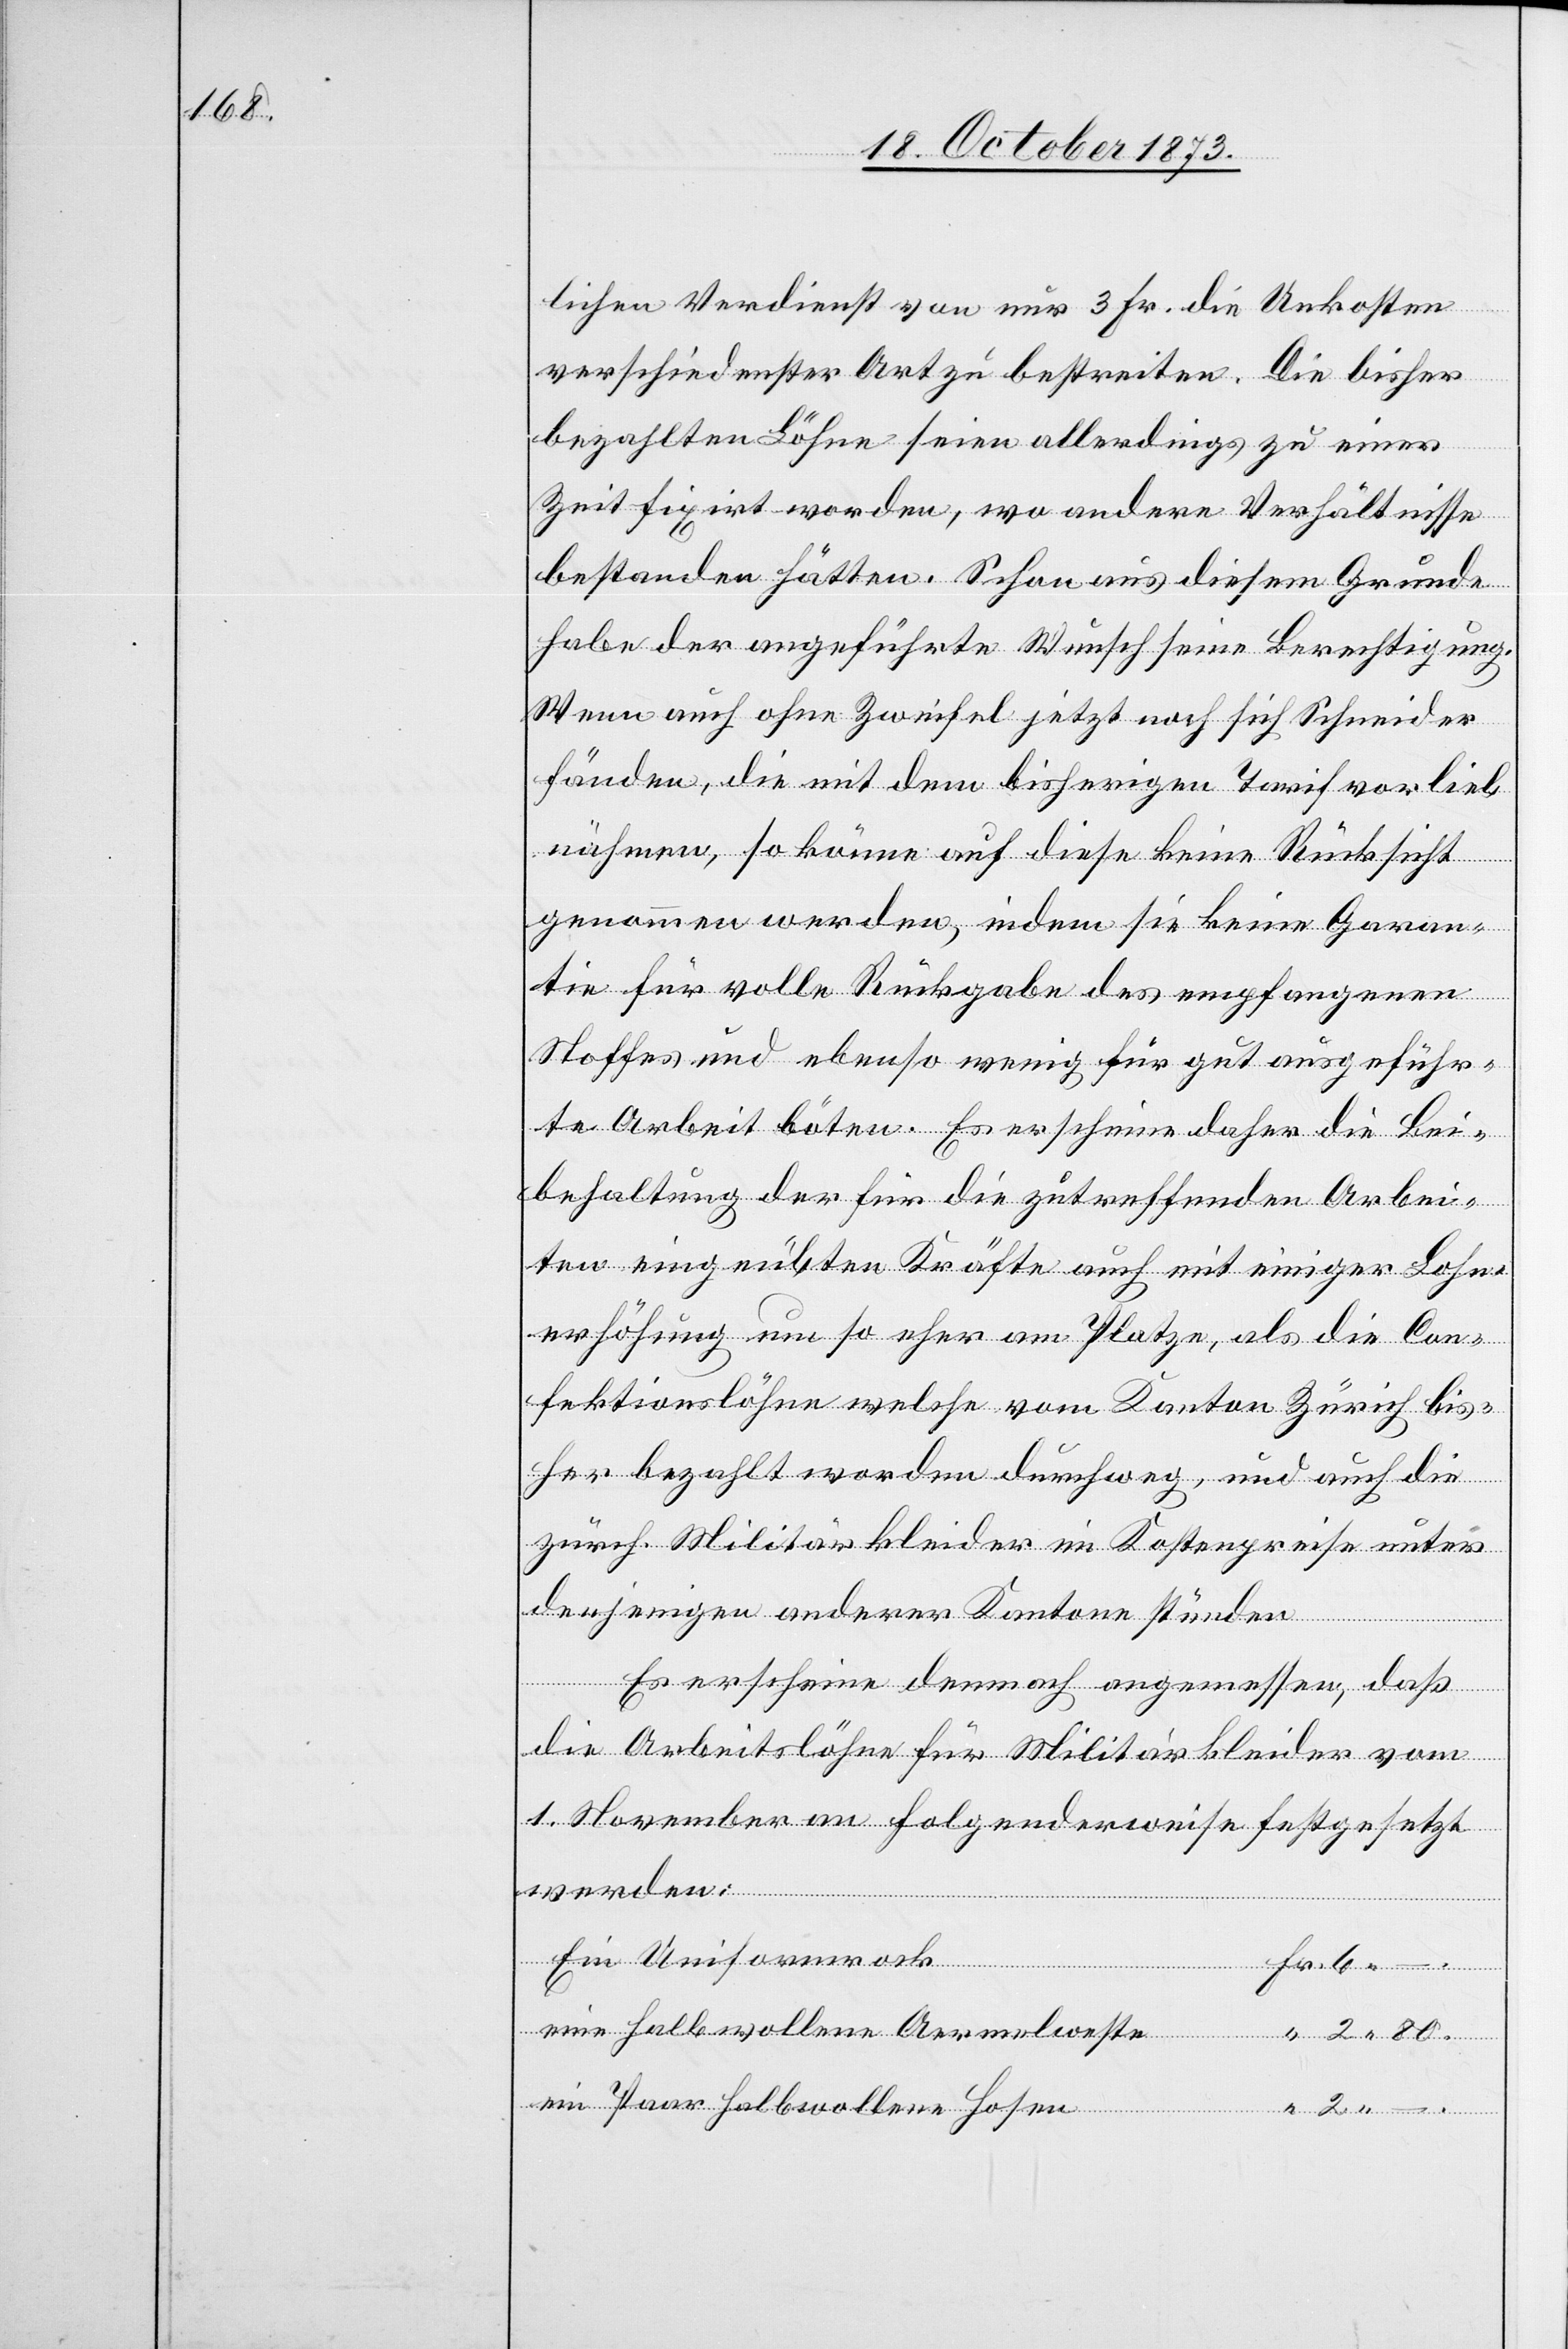
lichen Verdienst von nur 3 Fr. die Unkosten
verschiedenster Art zu bestreiten. Die bisher
bezahlten Löhne seien allerdings zu einer
Zeit fixirt worden, wo andere Verhältnisse
bestanden hätten. Schon aus diesem Grunde
habe der angeführte Wunsch seine Berechtigung.
Wenn auch ohne Zweifel jetzt noch sich Schneider
fänden, die mit dem bisherigen Tarif vorlieb
nähmen, so könne auf diese keine Rücksicht
genommen werden, indem sie keine Garan¬
tie für volle Rückgabe des empfangenen
Stoffes und ebenso wenig für gut ausgeführ¬
te Arbeit böten. Es erscheine daher die Bei¬
behaltung der für die zutreffenden Arbei¬
ten eingeübten Kräfte auch mit einiger Lohn¬
erhöhung um so eher am Platze, als die Con¬
fektionslöhne welche vom Kanton Zürich bis¬
her bezahlt worden durchweg, und auch die
zürch. Militärkleider im Kostenpreise unter
denjenigen anderer Kantone stünden
eine
Es erscheine demnach angemessen, daß
2 –.
die Arbeitslöhne für Militärkleider vom
1. November an folgenderweise festgesetzt
werden:
Ein Uniformrock
ein Paar halbwollene Hosen